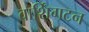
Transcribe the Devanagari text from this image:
वार्शिंगटन